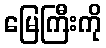
မြေကြီးကို